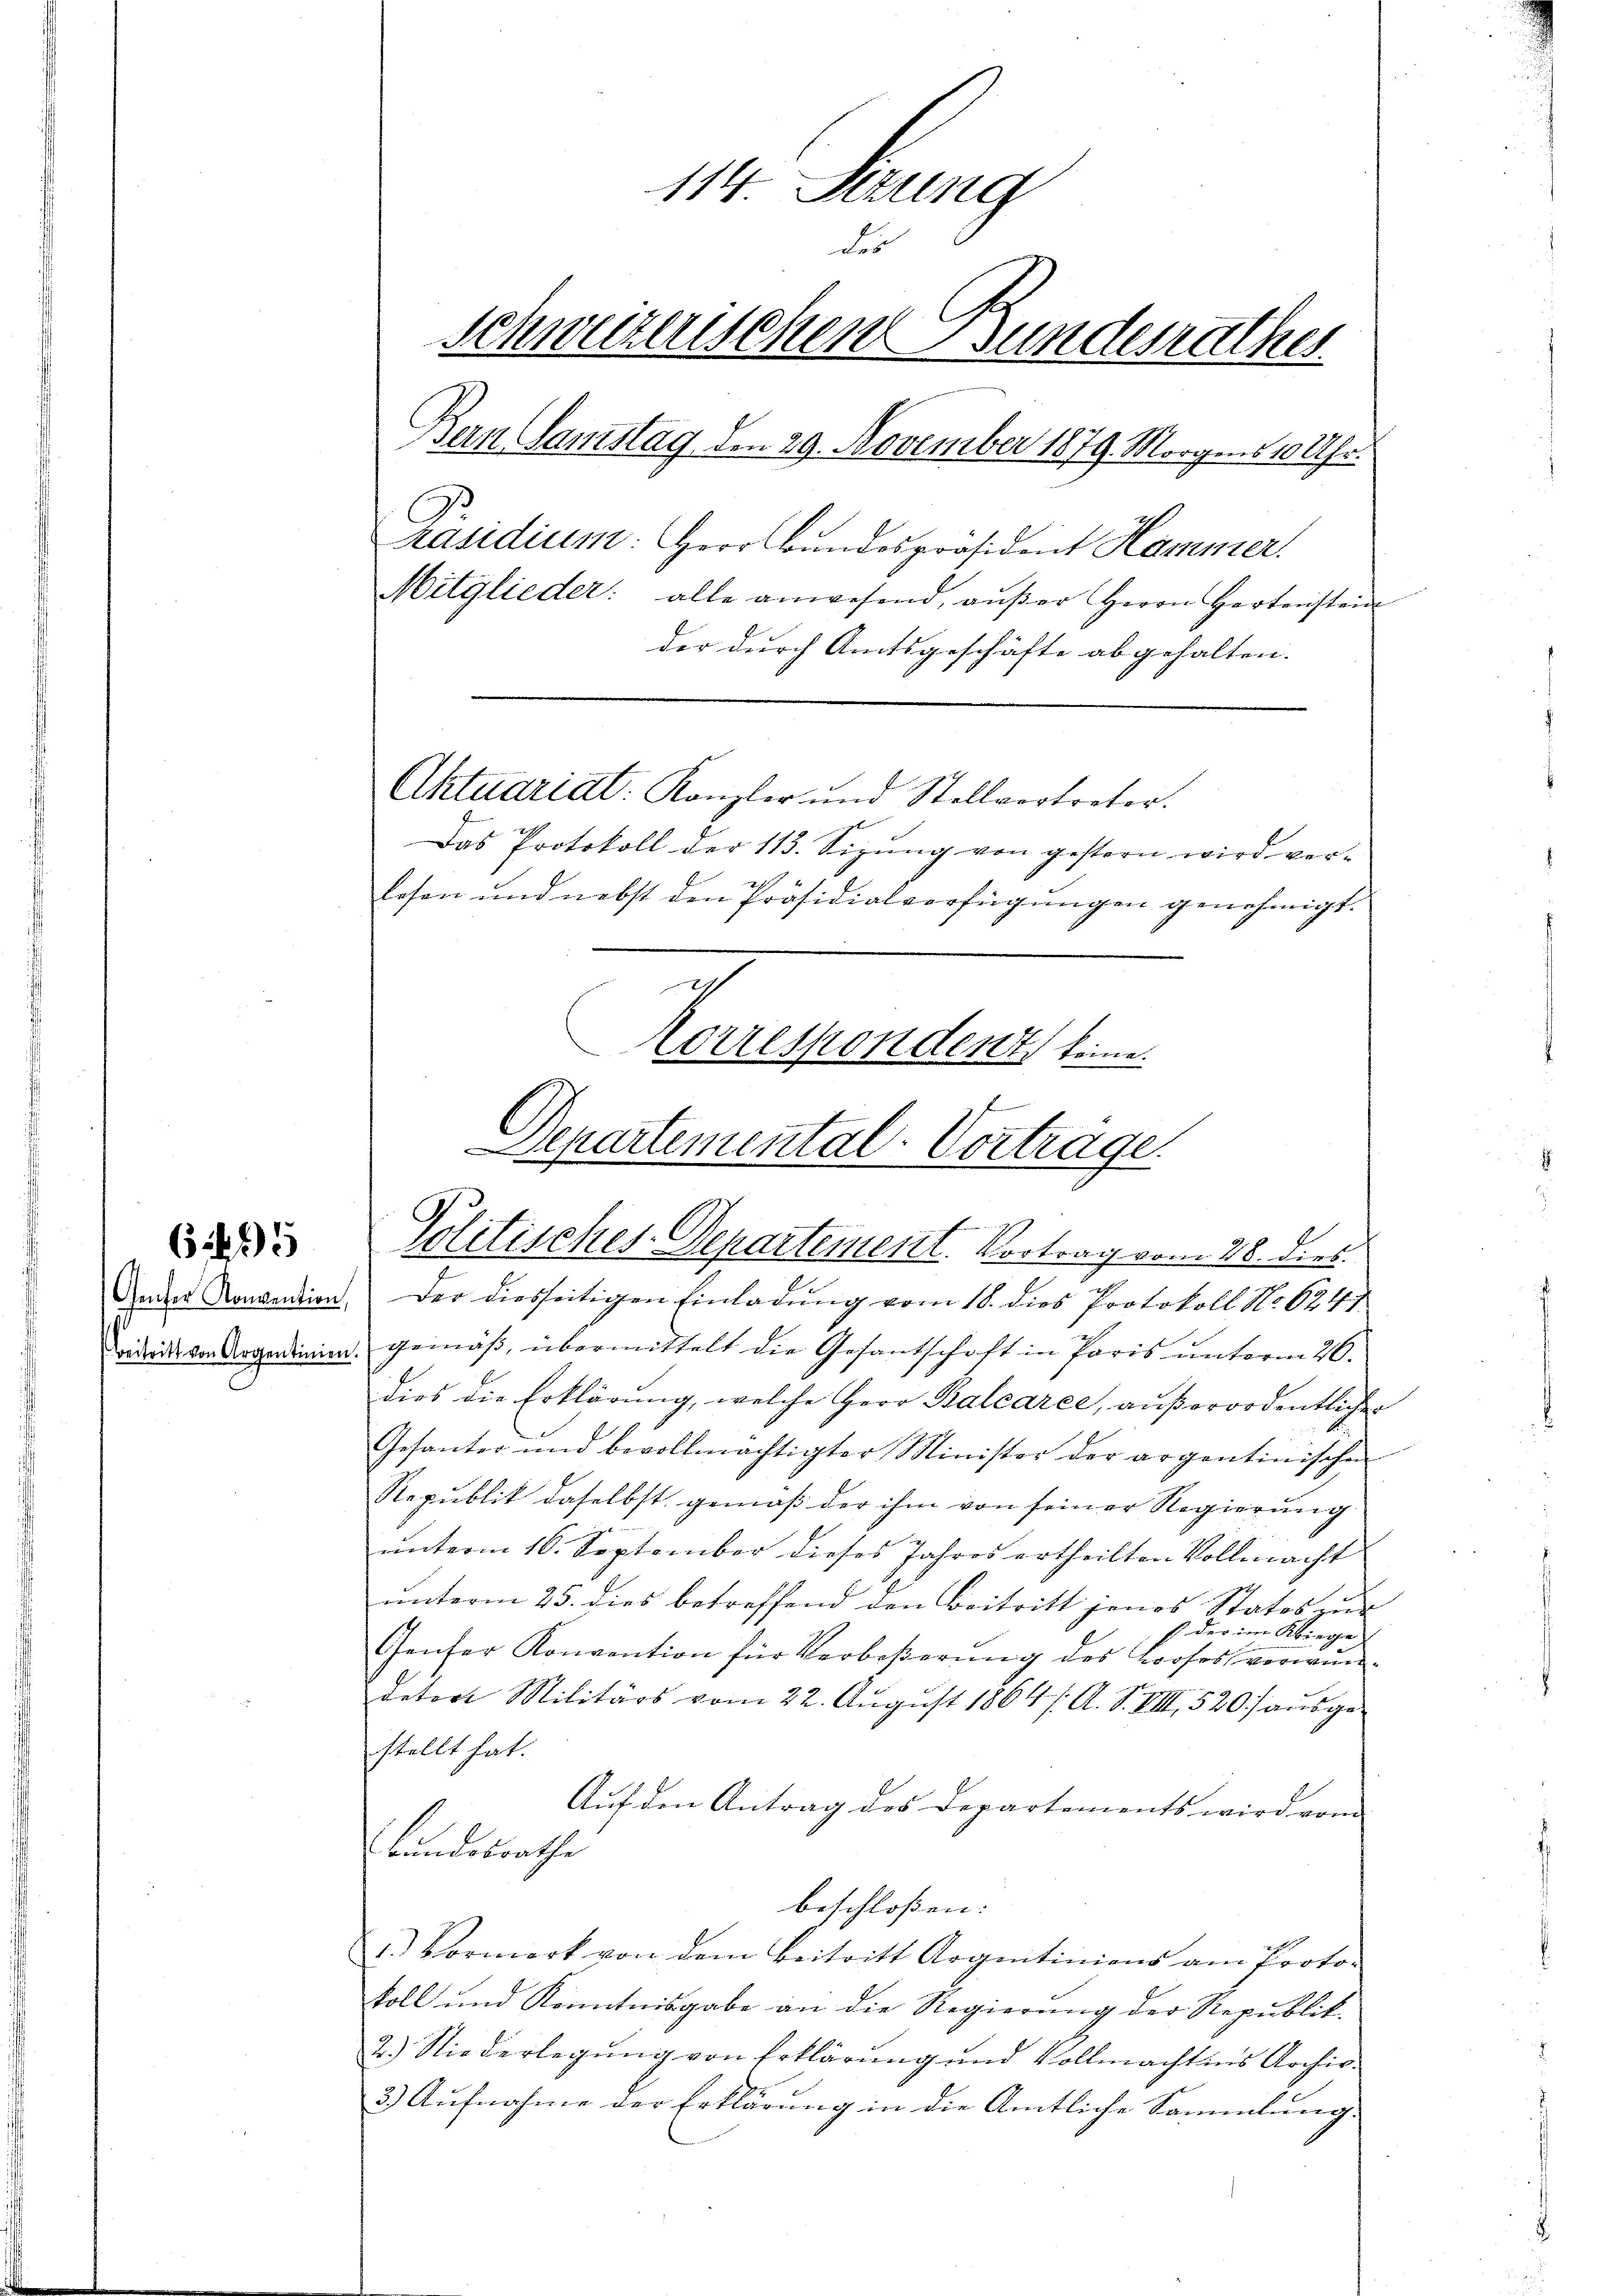
6495

114. Serung
des
Schweizerischen Bundesrathes
Bern Samstag den 29. November 1879 Morgens 10 Uhr.
2
Präsidium: Herr Bundespräsident Kammer.
Mitglieder: alle anwesend, aŭβer Herrn Hertenstein
der durch Amtsgeschäfte abgehalten.

Aktuariat: Kanzler und Stellvertreter.
Das Protokoll der 113. Sigŭng von gestern wird ver-
lesen und nebst den Präsidialverfügungen genehmigt.
Korrespondent keine

Departemental-Vortrage.
Politisches Departement. Vortrag vom 28. dies

Gener Konvention. Der diesseitigen Einladung vom 18. dies Protokoll No 6241
Dadrid von Argadinien gemäß, übermittelt die Gesantschaft in Paris unterm 26.
dies die Erklärŭng, welche Herr Balcarée, aŭβerordentlicher
Gesanter und bevollmächtigter Minister der argentinischen
Republik daselbst gemäß der ihm von seiner Regierung
ŭnterm 16. September dieses Jahres ertheilten Vollmacht
ŭnterm 25. dies betreffend den Beitritt jenes Statos zur
 der im Klinge
Genfer Konvention für Verboβerŭng des Profes verwun-
detort Militärs vom 22. August 1864 / A. S. VIII 520) ausgestellt hat.
Auf den Antrag des Departements wird vom
Bundesrathe
beschloßen:
u.) Vormerk von dem Beitritt Argentiniens am Proto-
Voll und Kenntnisgabe an die Regierung der Republik.
2.) Niederlegung von Erklärung und Vollmachtens Archiv
3.) Aufnahme der Erklärung in die Amtliche Sammlung